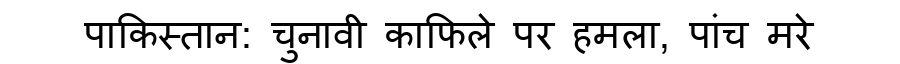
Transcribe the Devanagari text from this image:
पाकिस्तान: चुनावी काफिले पर हमला, पांच मरे